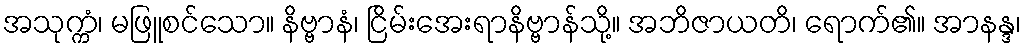
အသုက္ကံ၊ မဖြူစင်သော။ နိဗ္ဗာနံ၊ ငြိမ်းအေးရာနိဗ္ဗာန်သို့။ အဘိဇာယတိ၊ ရောက်၏။ အာနန္ဒ၊